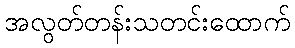
အလွတ်တန်းသတင်းထောက်